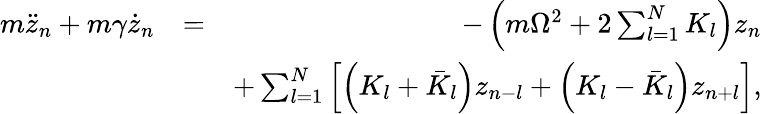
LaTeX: \begin{array}{rlr}{m\ddot{z}_{n}+m\gamma\dot{z}_{n}}&{=}&{-\left(m\Omega^{2}+2\sum_{l=1}^{N}K_{l}\right)z_{n}}\\ &{}&{+\sum_{l=1}^{N}\left[\left(K_{l}+\bar{K}_{l}\right)z_{n-l}+\left(K_{l}-\bar{K}_{l}\right)z_{n+l}\right],}\end{array}